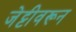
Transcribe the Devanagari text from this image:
जेट्टीवरून